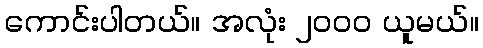
ကောင်းပါတယ်။ အလုံး ၂၀၀၀ ယူမယ်။